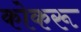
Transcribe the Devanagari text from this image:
कोकरू